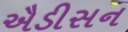
ઐડીસન